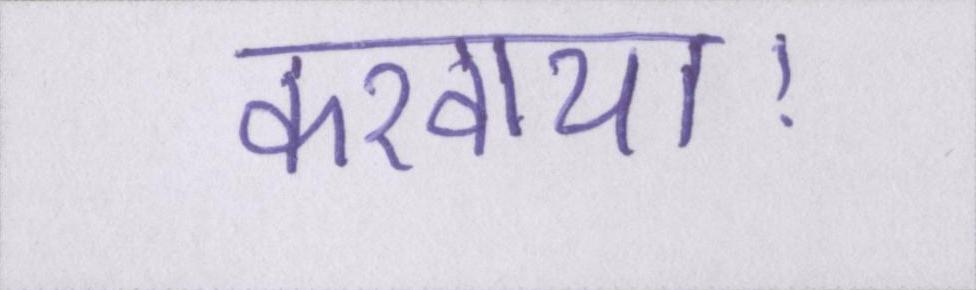
करवाया।